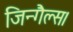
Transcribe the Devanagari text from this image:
जिन्गैल्स।